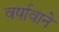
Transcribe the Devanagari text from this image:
वर्षावाने